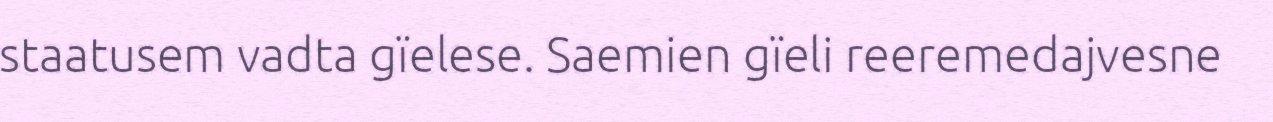
staatusem vadta gïelese. Saemien gïeli reeremedajvesne